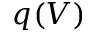
q ( V )